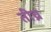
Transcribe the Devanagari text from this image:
तीच्र